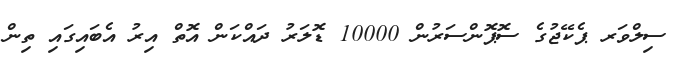
ސިލްވަރ ޕެކޭޖުގެ ސޮޕޮންސަރުން 10000 ޑޮލަރު ދައްކަން އޮތް އިރު އެބައިގައި ތިން